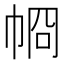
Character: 𢂶